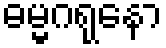
ဓမ္မဂရုနော